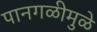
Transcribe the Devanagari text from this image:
पानगळीमुळे